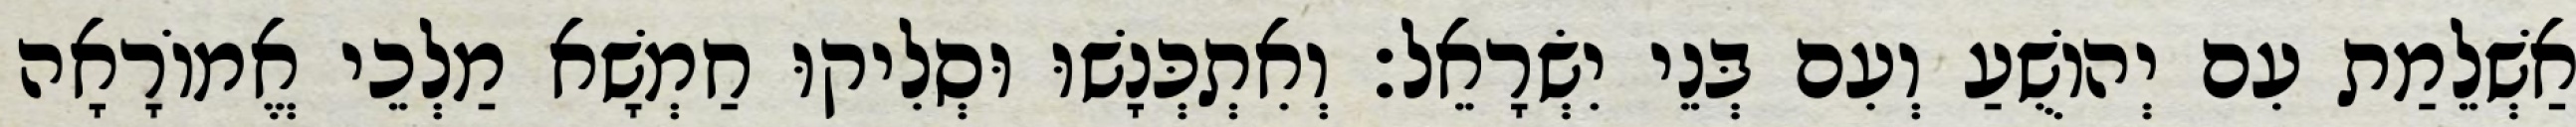
אַשְׁלֵמַת עִם יְהוֹשֻׁעַ וְעִם בְּנֵי יִשְׂרָאֵל׃ וְאִתְכְּנָשׁוּ וּסְלִיקוּ חַמְשָׁא מַלְכֵי אֱמוֹרָאָה